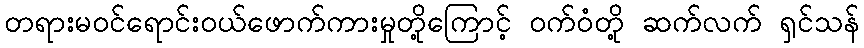
တရားမဝင်ရောင်းဝယ်ဖောက်ကားမှုတို့ကြောင့် ဝက်ဝံတို့ ဆက်လက် ရှင်သန်